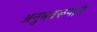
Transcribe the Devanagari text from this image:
अनुभवरूपाने